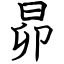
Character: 昴